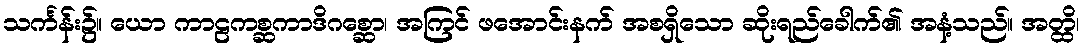
သင်္ကန်း၌။ ယော ကာဠကစ္ဆကာဒိဂစ္ဆော၊ အကြင် ဖအောင်းနက် အစရှိသော ဆိုးရည်ခေါက်၏ အနံ့သည်။ အတ္ထိ၊